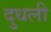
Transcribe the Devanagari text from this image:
दुधली